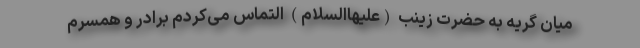
میان گریه به حضرت زینب (علیهاالسلام) التماس می‌کردم برادر و همسرم